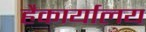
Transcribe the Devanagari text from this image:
हैकार्यालय